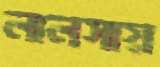
লালসায়